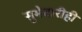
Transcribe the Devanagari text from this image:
सुभेदारीही